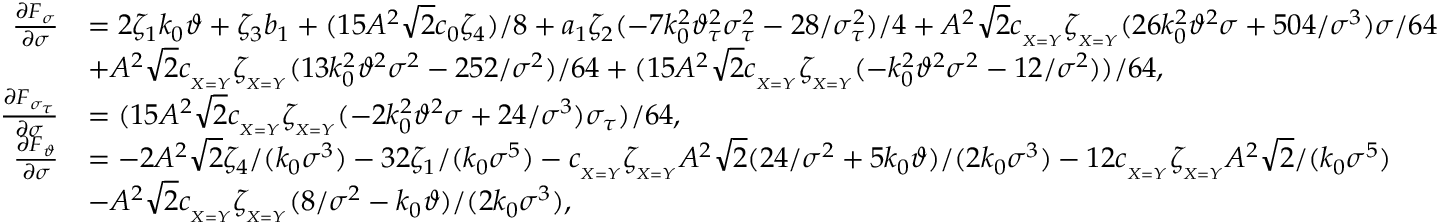
\begin{array} { r l } { \frac { \partial F _ { \sigma } } { \partial \sigma } } & { = 2 \zeta _ { 1 } k _ { 0 } \vartheta + \zeta _ { 3 } b _ { 1 } + ( 1 5 A ^ { 2 } \sqrt { 2 } c _ { 0 } \zeta _ { 4 } ) / 8 + a _ { 1 } \zeta _ { 2 } ( - 7 k _ { 0 } ^ { 2 } \vartheta _ { \tau } ^ { 2 } \sigma _ { \tau } ^ { 2 } - 2 8 / \sigma _ { \tau } ^ { 2 } ) / 4 + A ^ { 2 } \sqrt { 2 } c _ { _ { X = Y } } \zeta _ { _ { X = Y } } ( 2 6 k _ { 0 } ^ { 2 } \vartheta ^ { 2 } \sigma + 5 0 4 / \sigma ^ { 3 } ) \sigma / 6 4 } \\ & { + A ^ { 2 } \sqrt { 2 } c _ { _ { X = Y } } \zeta _ { _ { X = Y } } ( 1 3 k _ { 0 } ^ { 2 } \vartheta ^ { 2 } \sigma ^ { 2 } - 2 5 2 / \sigma ^ { 2 } ) / 6 4 + ( 1 5 A ^ { 2 } \sqrt { 2 } c _ { _ { X = Y } } \zeta _ { _ { X = Y } } ( - k _ { 0 } ^ { 2 } \vartheta ^ { 2 } \sigma ^ { 2 } - 1 2 / \sigma ^ { 2 } ) ) / 6 4 , } \\ { \frac { \partial F _ { \sigma _ { \tau } } } { \partial \sigma } } & { = ( 1 5 A ^ { 2 } \sqrt { 2 } c _ { _ { X = Y } } \zeta _ { _ { X = Y } } ( - 2 k _ { 0 } ^ { 2 } \vartheta ^ { 2 } \sigma + 2 4 / \sigma ^ { 3 } ) \sigma _ { \tau } ) / 6 4 , } \\ { \frac { \partial F _ { \vartheta } } { \partial \sigma } } & { = - 2 A ^ { 2 } \sqrt { 2 } \zeta _ { 4 } / ( k _ { 0 } \sigma ^ { 3 } ) - 3 2 \zeta _ { 1 } / ( k _ { 0 } \sigma ^ { 5 } ) - c _ { _ { X = Y } } \zeta _ { _ { X = Y } } A ^ { 2 } \sqrt { 2 } ( 2 4 / \sigma ^ { 2 } + 5 k _ { 0 } \vartheta ) / ( 2 k _ { 0 } \sigma ^ { 3 } ) - 1 2 c _ { _ { X = Y } } \zeta _ { _ { X = Y } } A ^ { 2 } \sqrt { 2 } / ( k _ { 0 } \sigma ^ { 5 } ) } \\ & { - A ^ { 2 } \sqrt { 2 } c _ { _ { X = Y } } \zeta _ { _ { X = Y } } ( 8 / \sigma ^ { 2 } - k _ { 0 } \vartheta ) / ( 2 k _ { 0 } \sigma ^ { 3 } ) , } \end{array}